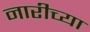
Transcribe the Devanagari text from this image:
नारीच्या